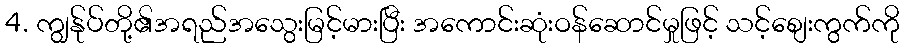
4. ကျွန်ုပ်တို့၏အရည်အသွေးမြင့်မားပြီး အကောင်းဆုံးဝန်ဆောင်မှုဖြင့် သင့်စျေးကွက်ကို